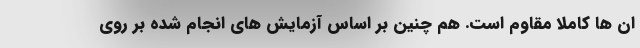
ان ها کاملا مقاوم است. هم چنین بر اساس آزمایش های انجام شده بر روی